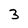
Character: 3